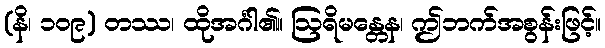
(နိ၊ ၁၀၉) တဿ၊ ထိုအင်္ဂါ၏။ ဩရိမန္တေန၊ ဤဘက်အစွန်းဖြင့်။